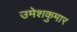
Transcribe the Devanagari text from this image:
उमेशकुमार